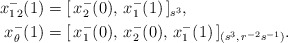
\begin{align*}x_{1\,2}^-(1)&=[\,x_{2}^-(0),\, x_{1}^-(1)\,]_{s^{3}}, \\x_{\theta}^-(1)&=[\,x_1^-(0),\,x_{2}^-(0),\, x_{1}^-(1)\,]_{(s^{3},\,r^{-2}s^{-1})}.\end{align*}